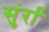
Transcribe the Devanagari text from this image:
सुंर्रा